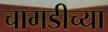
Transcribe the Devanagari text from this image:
चामडीच्या